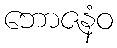
ဘောဇနံဝ